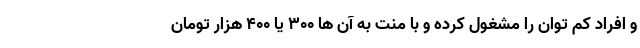
و افراد کم توان را مشغول کرده و با منت به آن ها 300 یا 400 هزار تومان